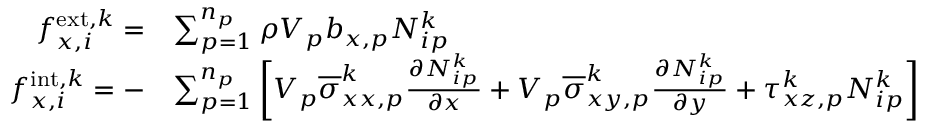
\begin{array} { r l } { f _ { x , i } ^ { \mathrm { e x t } , k } = } & { \sum _ { p = 1 } ^ { n _ { p } } \rho V _ { p } b _ { x , p } N _ { i p } ^ { k } } \\ { f _ { x , i } ^ { \mathrm { i n t } , k } = - } & { \sum _ { p = 1 } ^ { n _ { p } } \bigg [ V _ { p } \overline { { \sigma } } _ { x x , p } ^ { k } \frac { \partial N _ { i p } ^ { k } } { \partial x } + V _ { p } \overline { { \sigma } } _ { x y , p } ^ { k } \frac { \partial N _ { i p } ^ { k } } { \partial y } + \tau _ { x z , p } ^ { k } N _ { i p } ^ { k } \bigg ] } \end{array}